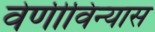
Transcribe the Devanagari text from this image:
वेणीविन्यास